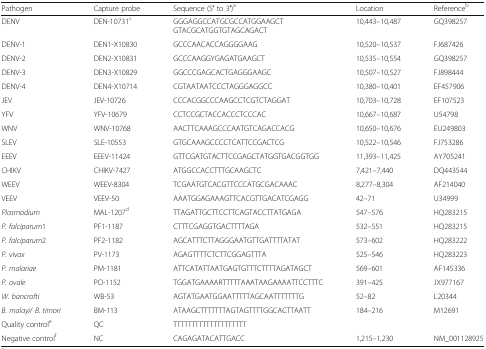
<table><thead><tr><td><b>Pathogen</b></td><td><b>Capture probe</b></td><td><b>Sequence (5′ to 3′)<sup>a</sup></b></td><td><b>Location</b></td><td><b>Reference<sup>b</sup></b></td></tr></thead><tbody><tr><td>DENV</td><td>DEN-10731<sup>c</sup></td><td>GGGAGGCCATGCGCCATGGAAGCTGTACGCATGGTGTAGCAGACT</td><td>10,443–10,487</td><td>GQ398257</td></tr><tr><td>DENV-1</td><td>DEN1-X10830</td><td>GCCCAACACCAGGGGAAG</td><td>10,520–10,537</td><td>FJ687426</td></tr><tr><td>DENV-2</td><td>DEN2-X10831</td><td>GCCCAAGGYGAGATGAAGCT</td><td>10,535–10,554</td><td>GQ398257</td></tr><tr><td>DENV-3</td><td>DEN3-X10829</td><td>GGCCCGAGCACTGAGGGAAGC</td><td>10,507–10,527</td><td>FJ898444</td></tr><tr><td>DENV-4</td><td>DEN4-X10714</td><td>CGTAATAATCCCTAGGGAGGCC</td><td>10,380–10,401</td><td>EF457906</td></tr><tr><td>JEV</td><td>JEV-10726</td><td>CCCACGGCCCAAGCCTCGTCTAGGAT</td><td>10,703–10,728</td><td>EF107523</td></tr><tr><td>YFV</td><td>YFV-10679</td><td>CCTCCGCTACCACCCTCCCAC</td><td>10,667–10,687</td><td>U54798</td></tr><tr><td>WNV</td><td>WNV-10768</td><td>AACTTCAAAGCCCAATGTCAGACCACG</td><td>10,650–10,676</td><td>EU249803</td></tr><tr><td>SLEV</td><td>SLE-10553</td><td>GTGCAAAGCCCCTCATTCCGACTCG</td><td>10,522–10,546</td><td>FJ753286</td></tr><tr><td>EEEV</td><td>EEEV-11424</td><td>GTTCGATGTACTTCCGAGCTATGGTGACGGTGG</td><td>11,393–11,425</td><td>AY705241</td></tr><tr><td>CHIKV</td><td>CHIKV-7427</td><td>ATGGCCACCTTTGCAAGCTC</td><td>7,421–7,440</td><td>DQ443544</td></tr><tr><td>WEEV</td><td>WEEV-8304</td><td>TCGAATGTCACGTTCCCATGCGACAAAC</td><td>8,277–8,304</td><td>AF214040</td></tr><tr><td>VEEV</td><td>VEEV-50</td><td>AAATGGAGAAAGTTCACGTTGACATCGAGG</td><td>42–71</td><td>U34999</td></tr><tr><td><i>Plasmodium</i></td><td>MAL-1207<sup>d</sup></td><td>TTAGATTGCTTCCTTCAGTACCTTATGAGA</td><td>547–576</td><td>HQ283215</td></tr><tr><td><i>P. falciparum</i>1</td><td>PF1-1187</td><td>CTTTCGAGGTGACTTTTAGA</td><td>532–551</td><td>HQ283215</td></tr><tr><td><i>P. falciparum</i>2</td><td>PF2-1182</td><td>AGCATTTCTTAGGGAATGTTGATTTTATAT</td><td>573–602</td><td>HQ283222</td></tr><tr><td><i>P. vivax</i></td><td>PV-1173</td><td>AGAGTTTTCTCTTCGGAGTTTA</td><td>525–546</td><td>HQ283223</td></tr><tr><td><i>P. malariae</i></td><td>PM-1181</td><td>ATTCATATTAATGAGTGTTTCTTTTAGATAGCT</td><td>569–601</td><td>AF145336</td></tr><tr><td><i>P. ovale</i></td><td>PO-1152</td><td>TGGATGAAAARTTTTTAAATAAGAAAATTCCTTTC</td><td>391–425</td><td>JX977167</td></tr><tr><td><i>W. bancrofti</i></td><td>WB-53</td><td>AGTATGAATGGAATTTTTAGCAATTTTTTTG</td><td>52–82</td><td>L20344</td></tr><tr><td><i>B. malayi</i>/ <i>B. timori</i></td><td>BM-113</td><td>ATAAGCTTTTTTTAGTAGTTTTGGCACTTAATT</td><td>184–216</td><td>M12691</td></tr><tr><td>Quality control<sup>e</sup></td><td>QC</td><td>TTTTTTTTTTTTTTTTTTTT</td><td></td><td></td></tr><tr><td>Negative control<sup>f</sup></td><td>NC</td><td>CAGAGATACATTGACC</td><td>1,215–1,230</td><td>NM_001128925</td></tr></tbody></table>